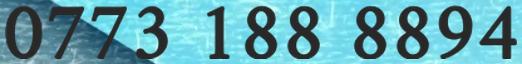
0773 188 8894